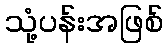
သုံ့ပန်းအဖြစ်